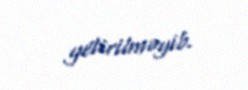
yetirilməyib.